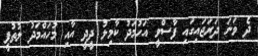
ދެ ވަނަ ދަރަޖައިގައި ފާސްވީ އަހުމަދު ކާމިލު ދީދީ އާއި މުހައްމަދު ލުތުފީ